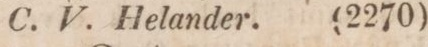
C. V. Helander.    (2270)